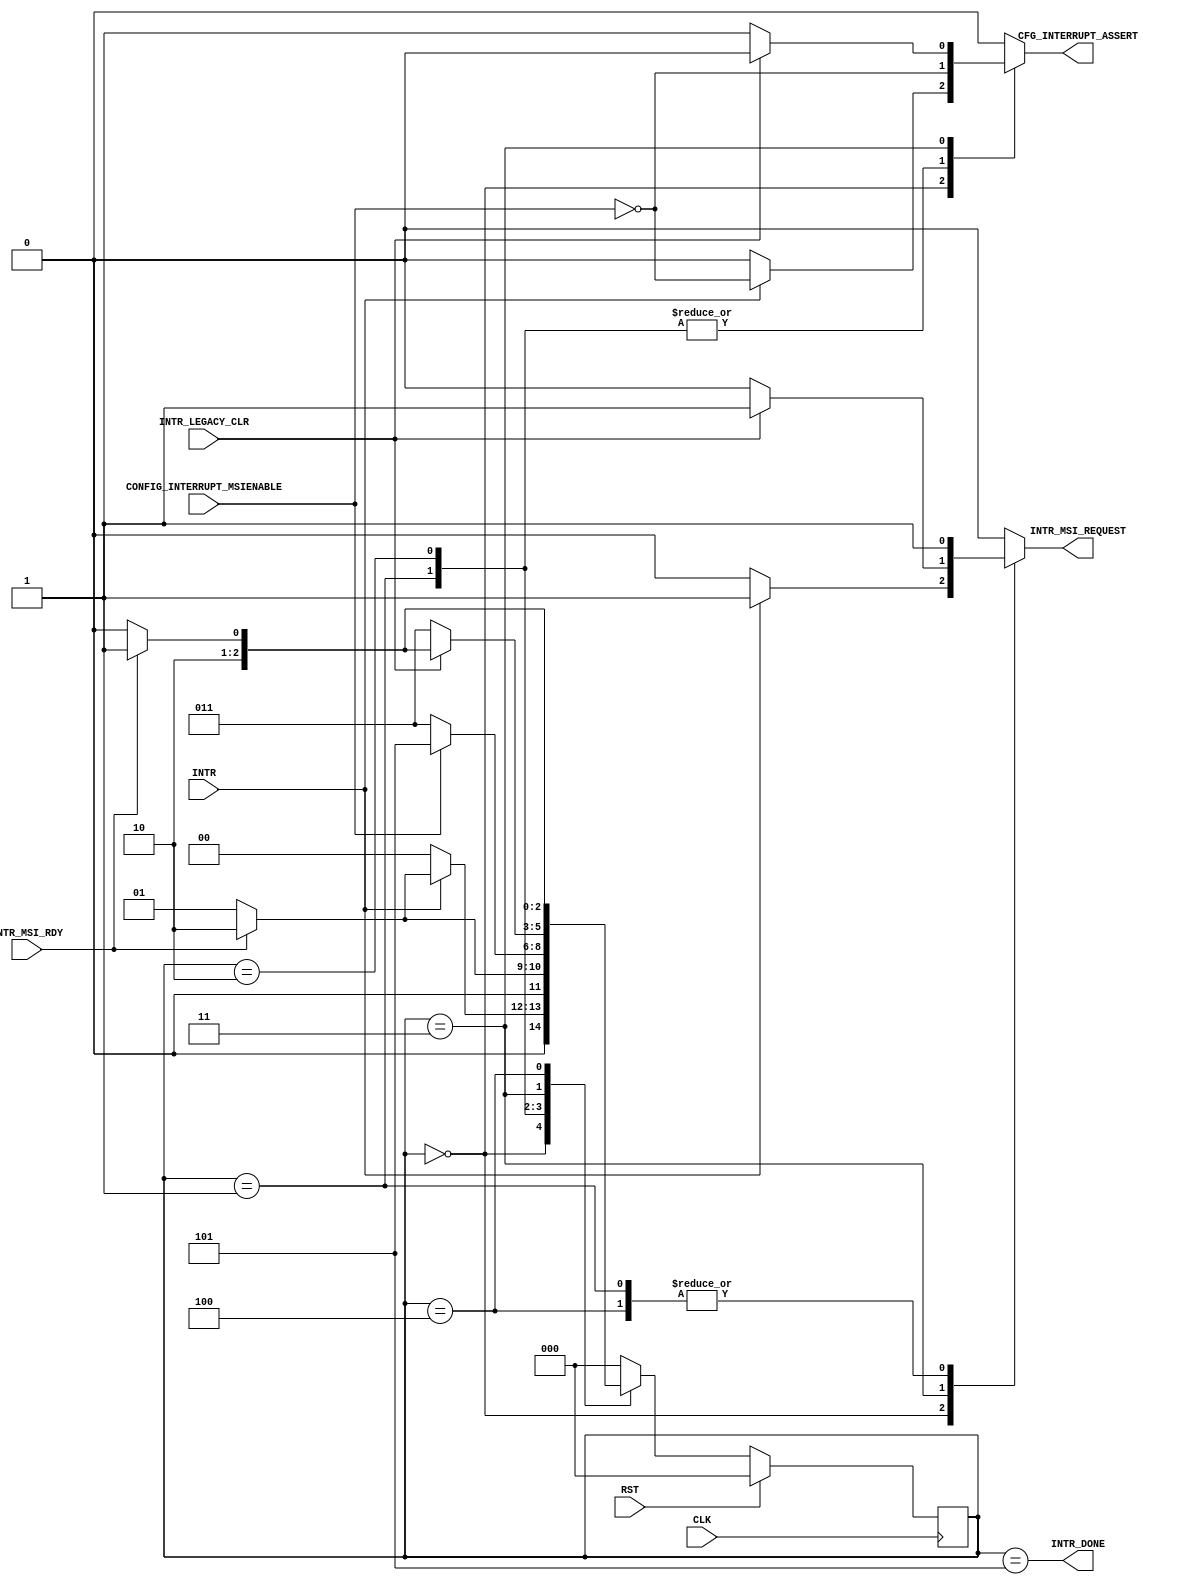
// ----------------------------------------------------------------------
// Copyright (c) 2016, The Regents of the University of California All
// rights reserved.
// 
// Redistribution and use in source and binary forms, with or without
// modification, are permitted provided that the following conditions are
// met:
// 
//     * Redistributions of source code must retain the above copyright
//       notice, this list of conditions and the following disclaimer.
// 
//     * Redistributions in binary form must reproduce the above
//       copyright notice, this list of conditions and the following
//       disclaimer in the documentation and/or other materials provided
//       with the distribution.
// 
//     * Neither the name of The Regents of the University of California
//       nor the names of its contributors may be used to endorse or
//       promote products derived from this software without specific
//       prior written permission.
// 
// THIS SOFTWARE IS PROVIDED BY THE COPYRIGHT HOLDERS AND CONTRIBUTORS
// "AS IS" AND ANY EXPRESS OR IMPLIED WARRANTIES, INCLUDING, BUT NOT
// LIMITED TO, THE IMPLIED WARRANTIES OF MERCHANTABILITY AND FITNESS FOR
// A PARTICULAR PURPOSE ARE DISCLAIMED. IN NO EVENT SHALL REGENTS OF THE
// UNIVERSITY OF CALIFORNIA BE LIABLE FOR ANY DIRECT, INDIRECT,
// INCIDENTAL, SPECIAL, EXEMPLARY, OR CONSEQUENTIAL DAMAGES (INCLUDING,
// BUT NOT LIMITED TO, PROCUREMENT OF SUBSTITUTE GOODS OR SERVICES; LOSS
// OF USE, DATA, OR PROFITS; OR BUSINESS INTERRUPTION) HOWEVER CAUSED AND
// ON ANY THEORY OF LIABILITY, WHETHER IN CONTRACT, STRICT LIABILITY, OR
// TORT (INCLUDING NEGLIGENCE OR OTHERWISE) ARISING IN ANY WAY OUT OF THE
// USE OF THIS SOFTWARE, EVEN IF ADVISED OF THE POSSIBILITY OF SUCH
// DAMAGE.
// ----------------------------------------------------------------------
//----------------------------------------------------------------------------
// Version:				1.00.a
// Verilog Standard:	Verilog-2001
// Description:			Signals an interrupt on the Xilnx PCIe Endpoint 
// 						interface. Supports single vector MSI or legacy based
// 						interrupts. 
//						When INTR is pulsed high, the interrupt will be issued
//						as soon as possible. If using legacy interrupts, the 
//						initial interrupt must be cleared by another request
//						(typically a PIO read or write request to the 
//						endpoint at some predetermined BAR address). Receipt of
//						the "clear" acknowledgment should cause INTR_LEGACY_CLR 
// 						input to pulse high. Thus completing the legacy 
//						interrupt cycle. If using MSI interrupts, no such
//						acknowldegment is necessary.
// History:				@mattj: Version 2.0
//-----------------------------------------------------------------------------
`define S_INTRCTLR_IDLE				3'd0
`define S_INTRCLTR_WORKING			3'd1
`define S_INTRCLTR_COMPLETE			3'd2
`define S_INTRCLTR_CLEAR_LEGACY		3'd3
`define S_INTRCLTR_CLEARING_LEGACY	3'd4
`define S_INTRCLTR_DONE				3'd5

`timescale 1ns/1ns
module interrupt_controller (
	input CLK,						// System clock
	input RST,						// Async reset
	input INTR,						// Pulsed high to request an interrupt
	input INTR_LEGACY_CLR,			// Pulsed high to ack the legacy interrupt and clear it
	output INTR_DONE,				// Pulsed high to signal interrupt sent
	input CONFIG_INTERRUPT_MSIENABLE,	// 1 if MSI interrupts are enable, 0 if only legacy are supported
	output CFG_INTERRUPT_ASSERT,	// Legacy interrupt message type
	input INTR_MSI_RDY,		// High when interrupt is able to be sent
	output INTR_MSI_REQUEST			// High to request interrupt, when both INTR_MSI_RDY and INTR_MSI_REQUEST are high, interrupt is sent
);

reg		[2:0]	rState=`S_INTRCTLR_IDLE;
reg		[2:0]	rStateNext=`S_INTRCTLR_IDLE;
reg				rIntr=0;
reg				rIntrAssert=0;

assign INTR_DONE = (rState == `S_INTRCLTR_DONE);
assign INTR_MSI_REQUEST = rIntr;
assign CFG_INTERRUPT_ASSERT = rIntrAssert;

// Control sending interrupts.
always @(*) begin
	case (rState)

	`S_INTRCTLR_IDLE : begin
		if (INTR) begin
			rIntr = 1;
			rIntrAssert = !CONFIG_INTERRUPT_MSIENABLE;
			rStateNext = (INTR_MSI_RDY ? `S_INTRCLTR_COMPLETE : `S_INTRCLTR_WORKING);
		end 
		else begin
			rIntr = 0;
			rIntrAssert = 0;
			rStateNext = `S_INTRCTLR_IDLE;
		end
	end

	`S_INTRCLTR_WORKING : begin
		rIntr = 1;
		rIntrAssert = !CONFIG_INTERRUPT_MSIENABLE;
		rStateNext = (INTR_MSI_RDY ? `S_INTRCLTR_COMPLETE : `S_INTRCLTR_WORKING);
	end

	`S_INTRCLTR_COMPLETE : begin
		rIntr = 0;
		rIntrAssert = !CONFIG_INTERRUPT_MSIENABLE;
		rStateNext = (CONFIG_INTERRUPT_MSIENABLE ? `S_INTRCLTR_DONE : `S_INTRCLTR_CLEAR_LEGACY);
	end

	`S_INTRCLTR_CLEAR_LEGACY : begin
		if (INTR_LEGACY_CLR) begin
			rIntr = 1;
			rIntrAssert = 0;
			rStateNext = (INTR_MSI_RDY ? `S_INTRCLTR_DONE : `S_INTRCLTR_CLEARING_LEGACY);
		end 
		else begin
			rIntr = 0;
			rIntrAssert = 1;
			rStateNext = `S_INTRCLTR_CLEAR_LEGACY;
		end
	end

	`S_INTRCLTR_CLEARING_LEGACY : begin
		rIntr = 1;
		rIntrAssert = 0;
		rStateNext = (INTR_MSI_RDY ? `S_INTRCLTR_DONE : `S_INTRCLTR_CLEARING_LEGACY);
	end

	`S_INTRCLTR_DONE : begin
		rIntr = 0;
		rIntrAssert = 0;
		rStateNext = `S_INTRCTLR_IDLE;
	end
	
	default: begin
		rIntr = 0;
		rIntrAssert = 0;
		rStateNext = `S_INTRCTLR_IDLE;
	end
	
	endcase
end

// Update the state.
always @(posedge CLK) begin
	if (RST)
		rState <= #1 `S_INTRCTLR_IDLE;
	else
		rState <= #1 rStateNext;
end

endmodule